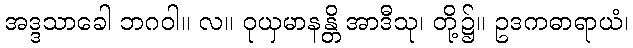
အဒ္ဒသာခေါ ဘဂဝါ။ လ။ ဝုယှမာနန္တိ အာဒီသု၊ တို့၌။ ဥဒကဓာရာယံ၊